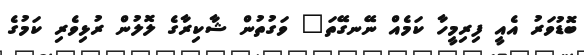
ބޮޑުވަރު އެއީ ފިރިމީހާ ކަމެއް ނޭނގޭތަ" ވަގުތުން ޝާކިރާގެ ލޮލުން ރުޅިވެރި ކަމުގެ